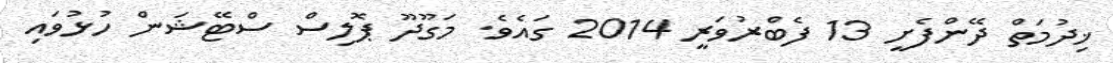
ޚިދުމަތް ދޭންފެށީ 13 ފެބްރުވަރީ 2014 ގައެވެ. މަގޫދޫ ޕޮލިސް ސްޓޭޝަން ހުޅުވައި